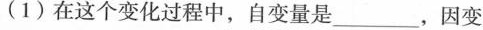
(1) 在这个变化过程中，自变量是___，因变